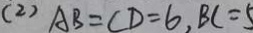
( 2 ) A B = C D = 6 , B C = 5